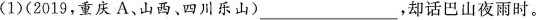
(1)(2019，重庆A、山西、四川乐山)___，却话巴山夜雨时。